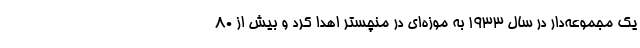
یک مجموعه‌دار در سال ۱۹۳۳ به موزه‌ای در منچستر اهدا کرد و بیش از ۸۰